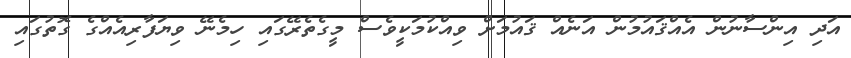
އަދި އިންސާނުން އެއްޤައުމުން އަނެއް ޤައުމަށް ވިއްކުމަކީވެސް މީގެތެރޭގައި ހިމެނޭ ވިޔަފާރިއެއްގެ ގޮތުގައި